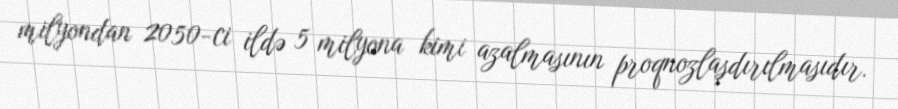
milyondan 2050-ci ildə 5 milyona kimi azalmasının proqnozlaşdırılmasıdır.